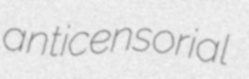
anticensorial